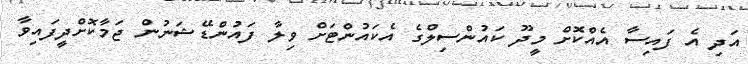
އަދި އެ ފައިސާ އެއްކޮށް މީދޫ ކައުންސިލްގެ އެކައުންޓަށް ވިލާ ފައުންޑޭޝަނުން ޖަމާކޮށްދީފައިވާ